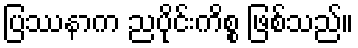
ပြဿနာက ညပိုင်းကိစ္စ ဖြစ်သည်။